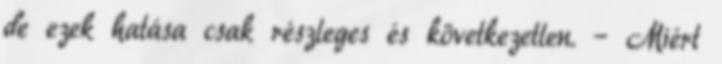
de ezek hatása csak részleges és következetlen. – Miért